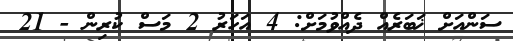
ސަންއަށް ޚަބަރެއް ދެއްވުމަށް: 4 އަހަރު 2 މަސް ކުރިން - 21